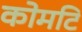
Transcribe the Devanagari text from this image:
कोमटि